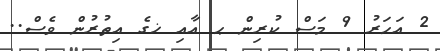
2 އަހަރު 9 މަސް ކުރިން ޙ އާއި ޚގެ އިތުރުން ވެސް..